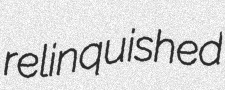
relinquished